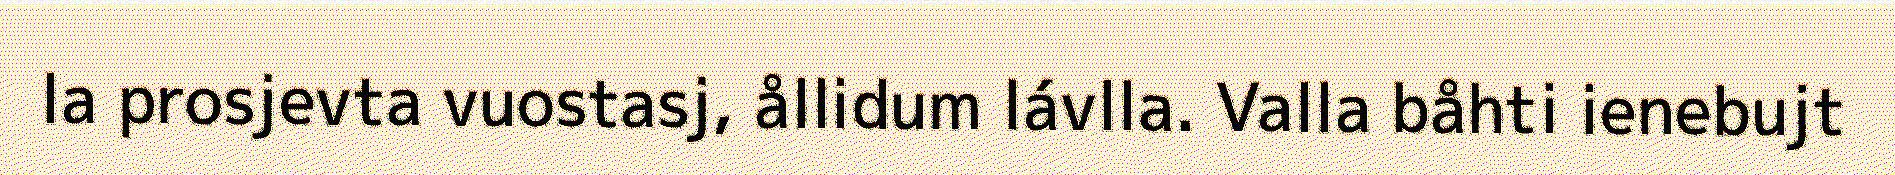
la prosjevta vuostasj, ållidum lávlla. Valla båhti ienebujt